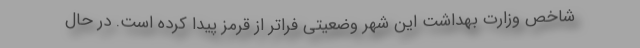
شاخص وزارت بهداشت این شهر وضعیتی فراتر از قرمز پیدا کرده است. در حال